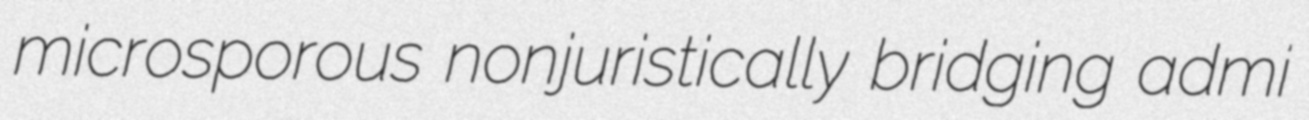
microsporous nonjuristically bridging admi